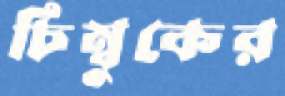
চিম্বুকের